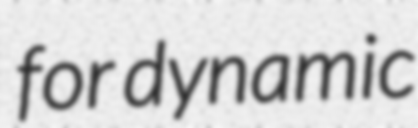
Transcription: for dynamic